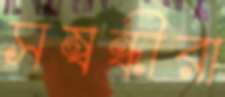
সম্বন্ধীরা